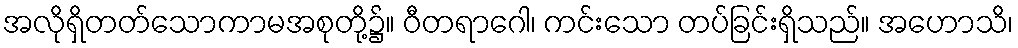
အလိုရှိတတ်သောကာမအစုတို့၌။ ဝီတရာဂေါ၊ ကင်းသော တပ်ခြင်းရှိသည်။ အဟောသိ၊